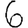
Digit: 6